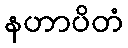
နဟာပိတံ